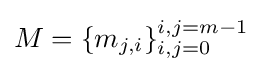
M=\{m_{j,i}\}_{i,j=0}^{i,j=m-1}